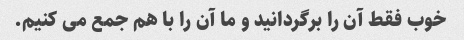
خوب فقط آن را برگردانید و ما آن را با هم جمع می کنیم.